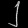
Digit: ၂